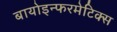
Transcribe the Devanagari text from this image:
बायोइन्फरमेटिक्स